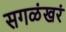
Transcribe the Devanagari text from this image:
सगळंखरं